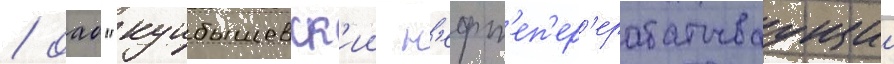
/ оао "куибышевск'ии н'ефт'еп'ер'ерабатываущии